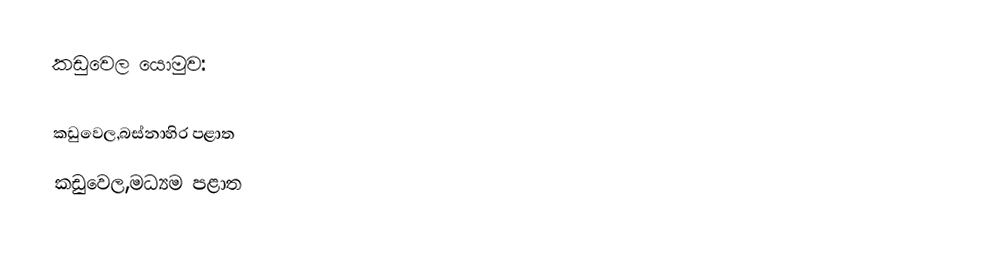
කඩුවෙල යොමුව:

 කඩුවෙල,බස්නාහිර පළාත
 කඩුවෙල,මධ්‍යම පළාත